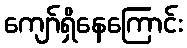
ကျော်ရှိနေကြောင်း